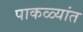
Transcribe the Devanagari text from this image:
पाकळ्यांत